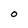
Character: O